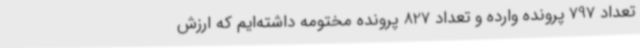
تعداد 797 پرونده وارده و تعداد 827 پرونده مختومه داشته‌ایم که ارزش